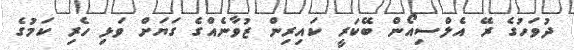
ދުވަހުގެ ރޭ އެލްސިއޯން ބޭކަރީ ކައިރިން ޒުވާނެއްގެ ގަޔަށް ވަޅި ހެރި ކަމުގެ